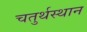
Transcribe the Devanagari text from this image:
चतुर्थस्थान